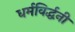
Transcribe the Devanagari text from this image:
धर्मविर्द्धनी